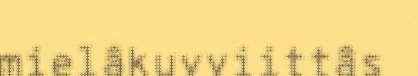
mielâkuvviittâs